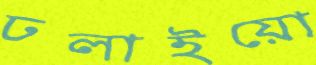
ঢলাইয়ো